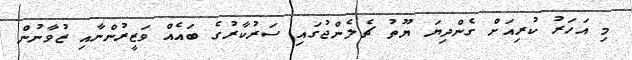
މި އަހަރު ކުރިއަށް ގެންދިޔަ ޔޫތު ޗެލެންޖުގައި ސަރުކާރުގެ ބައެއް ވަޒީރުންނާއި ޒުވާނުން